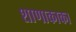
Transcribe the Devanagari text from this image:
शाणाकाका